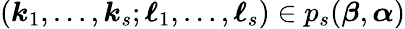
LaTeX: ({\boldsymbol{k}}_{1},\ldots,{\boldsymbol{k}}_{s};{\boldsymbol{\ell}}_{1},\ldots,{\boldsymbol{\ell}}_{s})\in p_{s}({\boldsymbol{\beta}},{\boldsymbol{\alpha}})